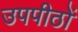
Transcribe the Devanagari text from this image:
उपपीठों